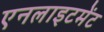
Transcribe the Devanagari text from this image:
एनलाइटमेंट